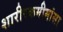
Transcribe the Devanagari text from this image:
शारीरकमीमांसा